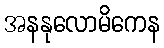
အနနုလောမိကေန